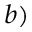
^ { b ) }